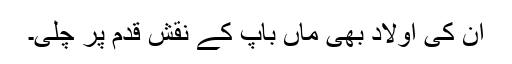
ان کی اولاد بھی ماں باپ کے نقش قدم پر چلی۔